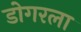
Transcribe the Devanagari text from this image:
डोगरला